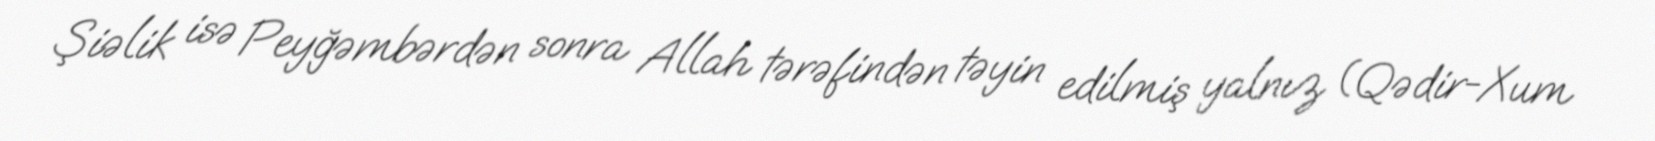
Şiəlik isə Peyğəmbərdən sonra Allah tərəfindən təyin edilmiş yalnız (Qədir-Xum